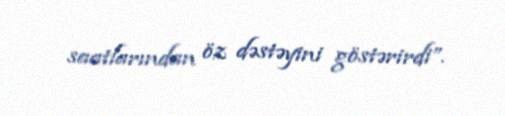
saatlarından öz dəstəyini göstərirdi”.